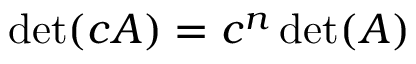
\operatorname* { d e t } ( c A ) = c ^ { n } \operatorname* { d e t } ( A )